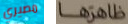
مصيري ظاهرها